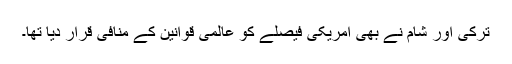
ترکی اور شام نے بھی امریکی فیصلے کو عالمی قوانین کے منافی قرار دیا تھا۔